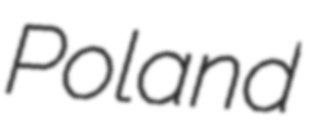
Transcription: Poland